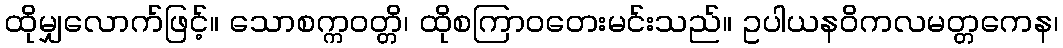
ထိုမျှလောက်ဖြင့်။ သောစက္ကဝတ္တိ၊ ထိုစကြာဝတေးမင်းသည်။ ဥပါယနဝိကလမတ္တကေန၊